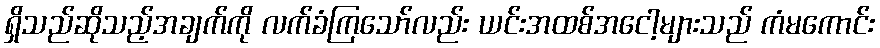
ရှိသည်ဆိုသည့်အချက်ကို လက်ခံကြသော်လည်း ယင်းအထစ်အငေါ့များသည် ကံမကောင်း